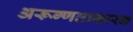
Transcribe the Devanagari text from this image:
अरूग्णताकारक